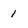
Character: 1